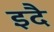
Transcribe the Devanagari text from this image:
इदै